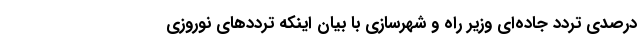
درصدی تردد جاده‌ای وزیر راه و شهرسازی با بیان اینکه ترددهای نوروزی